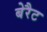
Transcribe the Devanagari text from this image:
बेरैट